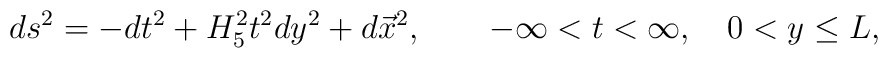
ds^2 = -dt^2 +H_5^2 t^2 dy^2 +d\vec{x}^2, \qquad -\infty <t <\infty, \quad 0 <y \leq L,